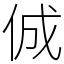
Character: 𠉛